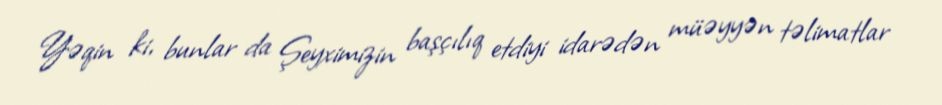
Yəqin ki, bunlar da Şeyximizin başçılıq etdiyi idarədən müəyyən təlimatlar